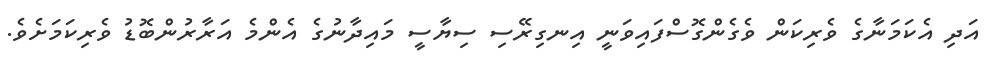
އަދި އެކަމަނާގެ ވެރިކަން ވެގެންގޮސްފައިވަނީ އިނގިރޭސި ސިޔާސީ މައިދާނުގެ އެންމެ އަރާރުންބޮޑު ވެރިކަމަށެވެ.